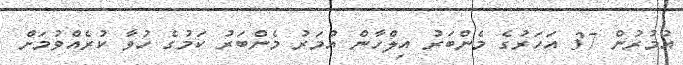
އުމުރުން 37 އަހަރުގެ މެންބަރު އިލްހާން އުމަރު މެންބަރު ކަމުގެ ހުވާ ކުރެއްވުމަށް